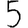
Digit: 5